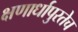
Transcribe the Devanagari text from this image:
क्षणार्धापुरतेच